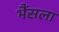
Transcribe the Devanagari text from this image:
भैंसला